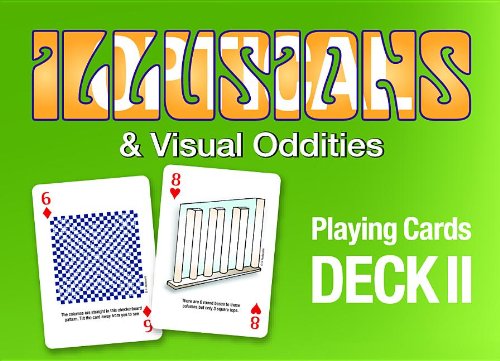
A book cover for Illusions & Visual Oddities: Deck II; Science Fiction & Fantasy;